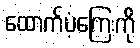
ထောက်ပံ့ကြေးကို